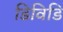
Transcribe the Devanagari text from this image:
डिविडि